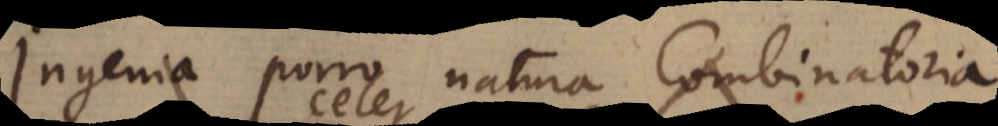
Ingenia porro natura Combinatoria